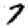
Digit: 7